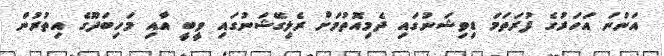
އަންނަ އަހަރުގެ ފުރަތަމަ ޑިވިޝަނުގައި ދެމިއޮތުމަށް ރެލިގޭޝަނުގައި ވީބީ އާއި މަހިބަދޫގެ އިތުރުން